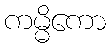
ကမ္မိကော